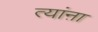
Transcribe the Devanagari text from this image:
त्यांऩा